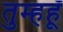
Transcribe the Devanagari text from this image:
तुम्हहूँ